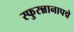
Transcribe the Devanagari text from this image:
स्फुरन्नानापद्मे